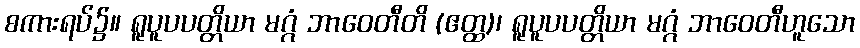
စကားရပ်၌။ ရူပူပပတ္တိယာ မဂ္ဂံ ဘာဝေတီတိ (ဧတ္ထ)၊ ရူပူပပတ္တိယာ မဂ္ဂံ ဘာဝေတီဟူသော